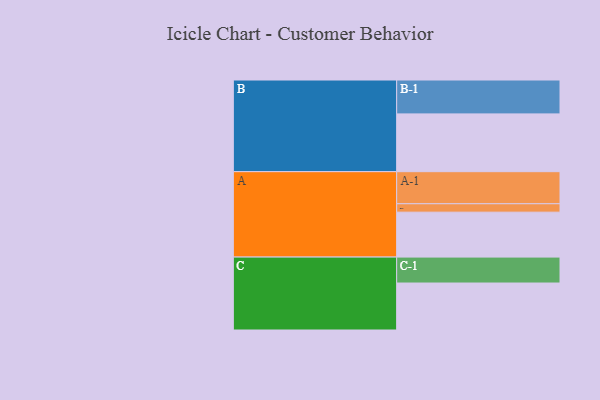
{"axis": {"x": "Segment", "y": "Value"}, "legend": ["", "A", "B", "C"], "data": [{"x": "A", "y": 395, "type": ""}, {"x": "B", "y": 508, "type": ""}, {"x": "C", "y": 413, "type": ""}, {"x": "A-1", "y": 282, "type": "A"}, {"x": "A-2", "y": 74, "type": "A"}, {"x": "B-1", "y": 298, "type": "B"}, {"x": "C-1", "y": 228, "type": "C"}]}